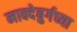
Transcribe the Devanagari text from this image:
माक्देबुर्गच्या